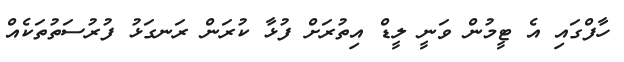
ހާފްގައި އެ ޓީމުން ވަނީ ލީޑް އިތުރަށް ފުޅާ ކުރަން ރަނގަޅު ފުރުސަތުތަކެއް